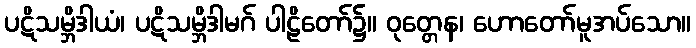
ပဋိသမ္ဘိဒါယံ၊ ပဋိသမ္ဘိဒါမဂ် ပါဠိတော်၌။ ဝုတ္တေန၊ ဟောတော်မူအပ်သော။